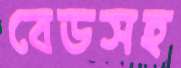
বেডসহ